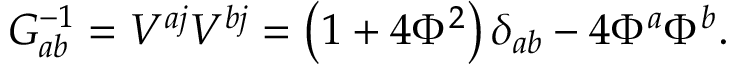
G _ { a b } ^ { - 1 } = V ^ { a j } V ^ { b j } = \left( 1 + 4 \Phi ^ { 2 } \right) \delta _ { a b } - 4 \Phi ^ { a } \Phi ^ { b } .